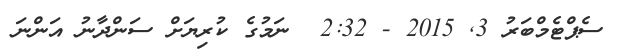
ސެޕްޓެމްބަރު 3